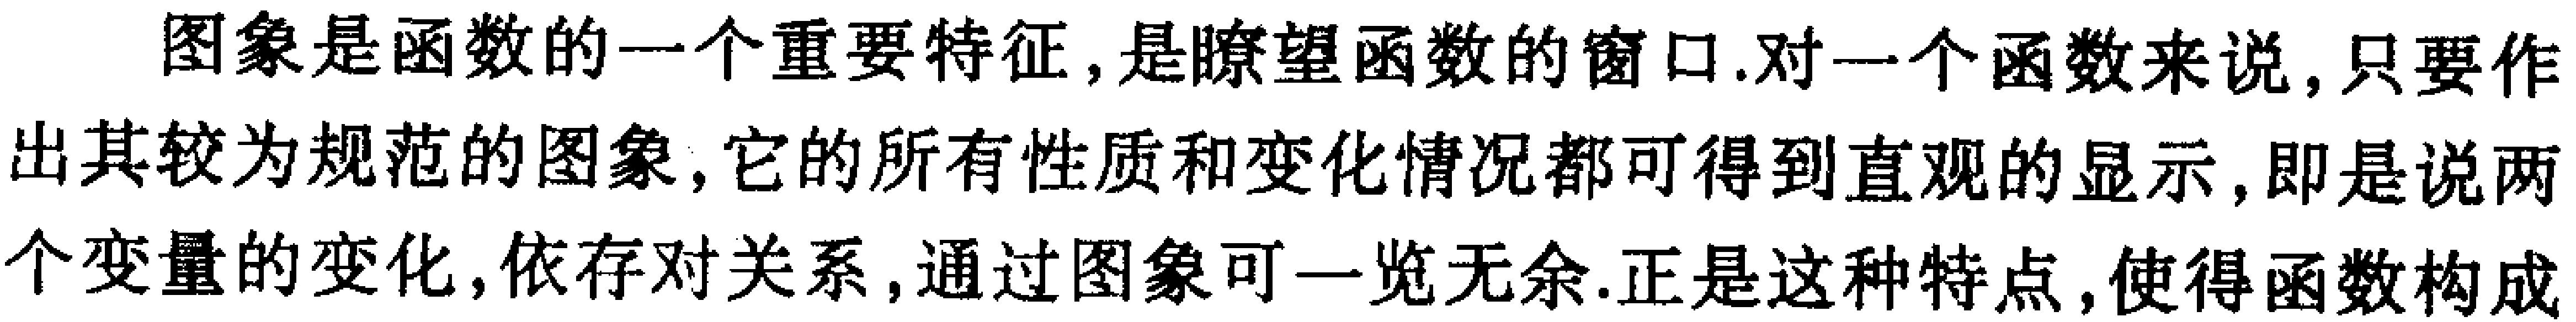
图象是函数的一个重要特征, 是瞭望函数的窗口.对一个函数来说, 只要作出其较为规范的图象, 它的所有性质和变化情况都可得到直观的显示, 即是说两个变量的变化, 依存对关系, 通过图象可一览无余.正是这种特点, 使得函数构成